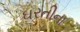
ઘરતીના